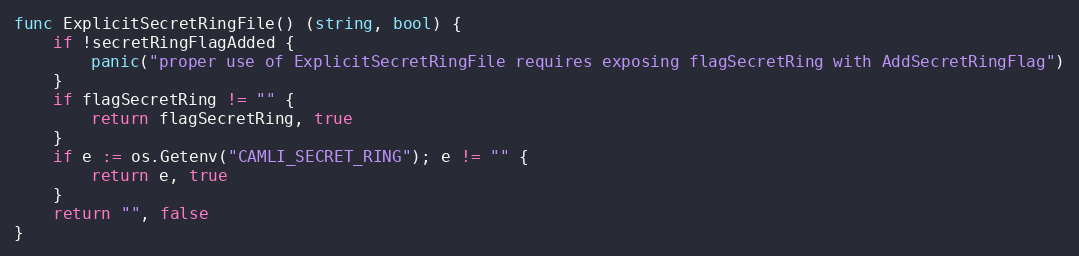
Language: Go
func ExplicitSecretRingFile() (string, bool) {
	if !secretRingFlagAdded {
		panic("proper use of ExplicitSecretRingFile requires exposing flagSecretRing with AddSecretRingFlag")
	}
	if flagSecretRing != "" {
		return flagSecretRing, true
	}
	if e := os.Getenv("CAMLI_SECRET_RING"); e != "" {
		return e, true
	}
	return "", false
}